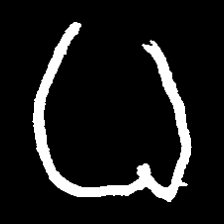
Pyu character \u2014 Myanmar letter: ဓ (romanized: dha)